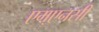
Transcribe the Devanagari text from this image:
एम्एनसी